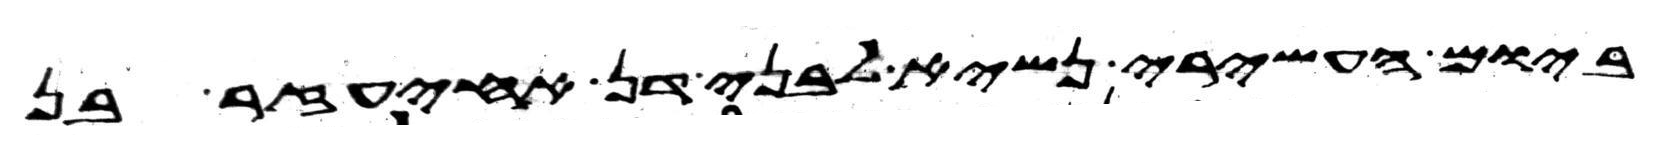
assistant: ביום העשירי נשיא לבני דן אחיעזר בן